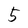
Character: 5